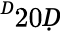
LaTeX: ^Ḋ20Ḍ